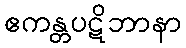
ဧကန္တပဋိဘာနာ